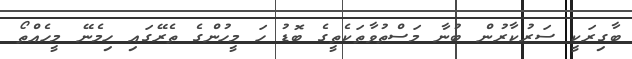
ބާގިރަކީ ސަރުކާރުން ބުނާ މަސްތުވާތަކެތީގެ ބޮޑު ހަ މީހުންގެ ތެރޭގައި ހިމެނޭ މީހެއްތޯ